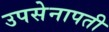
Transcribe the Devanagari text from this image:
उपसेनापती